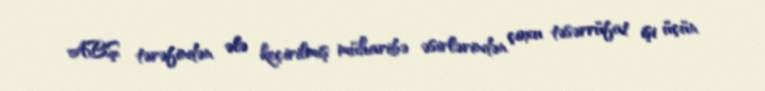
ABŞ tərəfindən ələ keçirilmiş müharibə əsirlərindən çoxu təsərrüfat işi üçün